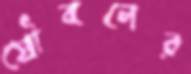
যৌবনের